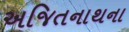
અજિતનાથના